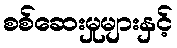
စစ်ဆေးမှုများနှင့်